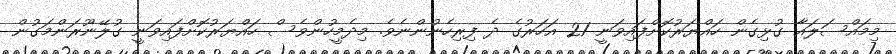
މިމައްސަލައާ ގުޅިގެން ހައްޔަރުކޮށްފައިވަނީ 21 އަހަރުގެ ދެ ފިރިހެނުންނެވެ. މިދެމީހުންވެސް ހައްޔަރުކޮށްފައިވަނީ ގުލޭނޫރަންމަގުން